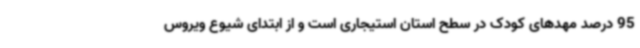
95 درصد مهدهای کودک در سطح استان استیجاری است و از ابتدای شیوع ویروس